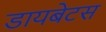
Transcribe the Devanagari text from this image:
डायबेटस